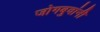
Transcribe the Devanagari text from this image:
जोगबुवांनी